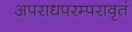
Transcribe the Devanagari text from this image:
अपराधपरम्परावृतं